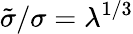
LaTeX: \tilde{\sigma}/\sigma=\lambda^{1/3}